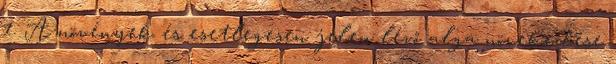
1. A növények és esetlegesen jelen lévő alga növekedése